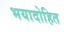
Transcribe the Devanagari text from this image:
भयादोहित